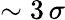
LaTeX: \sim 3\, \sigma